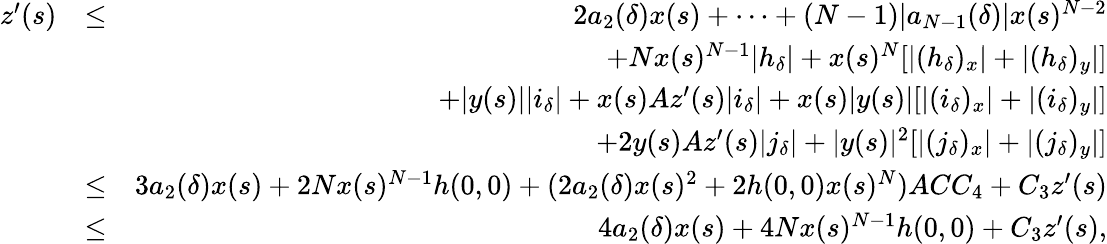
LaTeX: \begin{array}{rlr}{z^{\prime}(s)}&{\leq}&{2a_{2}(\delta)x(s)+\cdots+(N-1)|a_{N-1}(\delta)|x(s)^{N-2}}\\ &{}&{+Nx(s)^{N-1}|h_{\delta}|+x(s)^{N}[|(h_{\delta})_{x}|+|(h_{\delta})_{y}|]}\\ &{}&{+|y(s)||i_{\delta}|+x(s)Az^{\prime}(s)|i_{\delta}|+x(s)|y(s)|[|(i_{\delta})_{x}|+|(i_{\delta})_{y}|]}\\ &{}&{+2y(s)Az^{\prime}(s)|j_{\delta}|+|y(s)|^{2}[|(j_{\delta})_{x}|+|(j_{\delta})_{y}|]}\\ &{\leq}&{3a_{2}(\delta)x(s)+2Nx(s)^{N-1}h(0,0)+(2a_{2}(\delta)x(s)^{2}+2h(0,0)x(s)^{N})ACC_{4}+C_{3}z^{\prime}(s)}\\ &{\leq}&{4a_{2}(\delta)x(s)+4Nx(s)^{N-1}h(0,0)+C_{3}z^{\prime}(s),}\end{array}